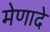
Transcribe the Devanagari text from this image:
मेणादे